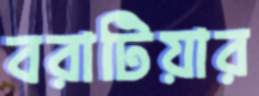
বরাটিয়ার